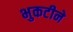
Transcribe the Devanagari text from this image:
भुकटीने